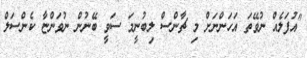
"އުފަލެއް ނުވޭތަ އަހަންނަށް މި ޗާންސް ލިބުނީމަ ސަވީ ބޭނުން ނުވަންޏާ ކެންސަލް